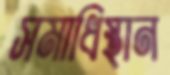
সমাধিস্থান